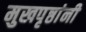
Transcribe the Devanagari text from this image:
मुखपृष्ठांनी